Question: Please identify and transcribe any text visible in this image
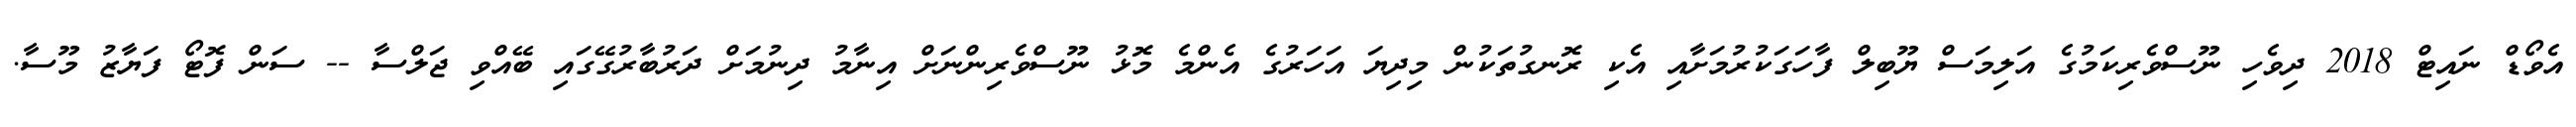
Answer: އެވޯޑް ނައިޓް 2018 ދިވެހި ނޫސްވެރިކަމުގެ އަލިމަސް ޔޫބިލް ފާހަގަކުރުމަށާއި އެކި ރޮނގުތަކުން މިދިޔަ އަހަރުގެ އެންމެ މޮޅު ނޫސްވެރިންނަށް އިނާމު ދިނުމަށް ދަރުބާރުގޭގައި ބޭއްވި ޖަލްސާ -- ސަން ފޮޓޯ ފަޔާޒު މޫސާ.